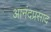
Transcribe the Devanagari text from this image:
आनंदप्रसाद